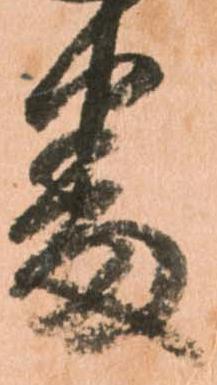
番